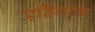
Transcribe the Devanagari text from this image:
एर्डिंगटन